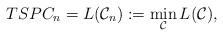
LaTeX: \begin{align*}TSPC_n = L({\cal C}_n) := \min_{{\cal C}} L({\cal C}),\end{align*}